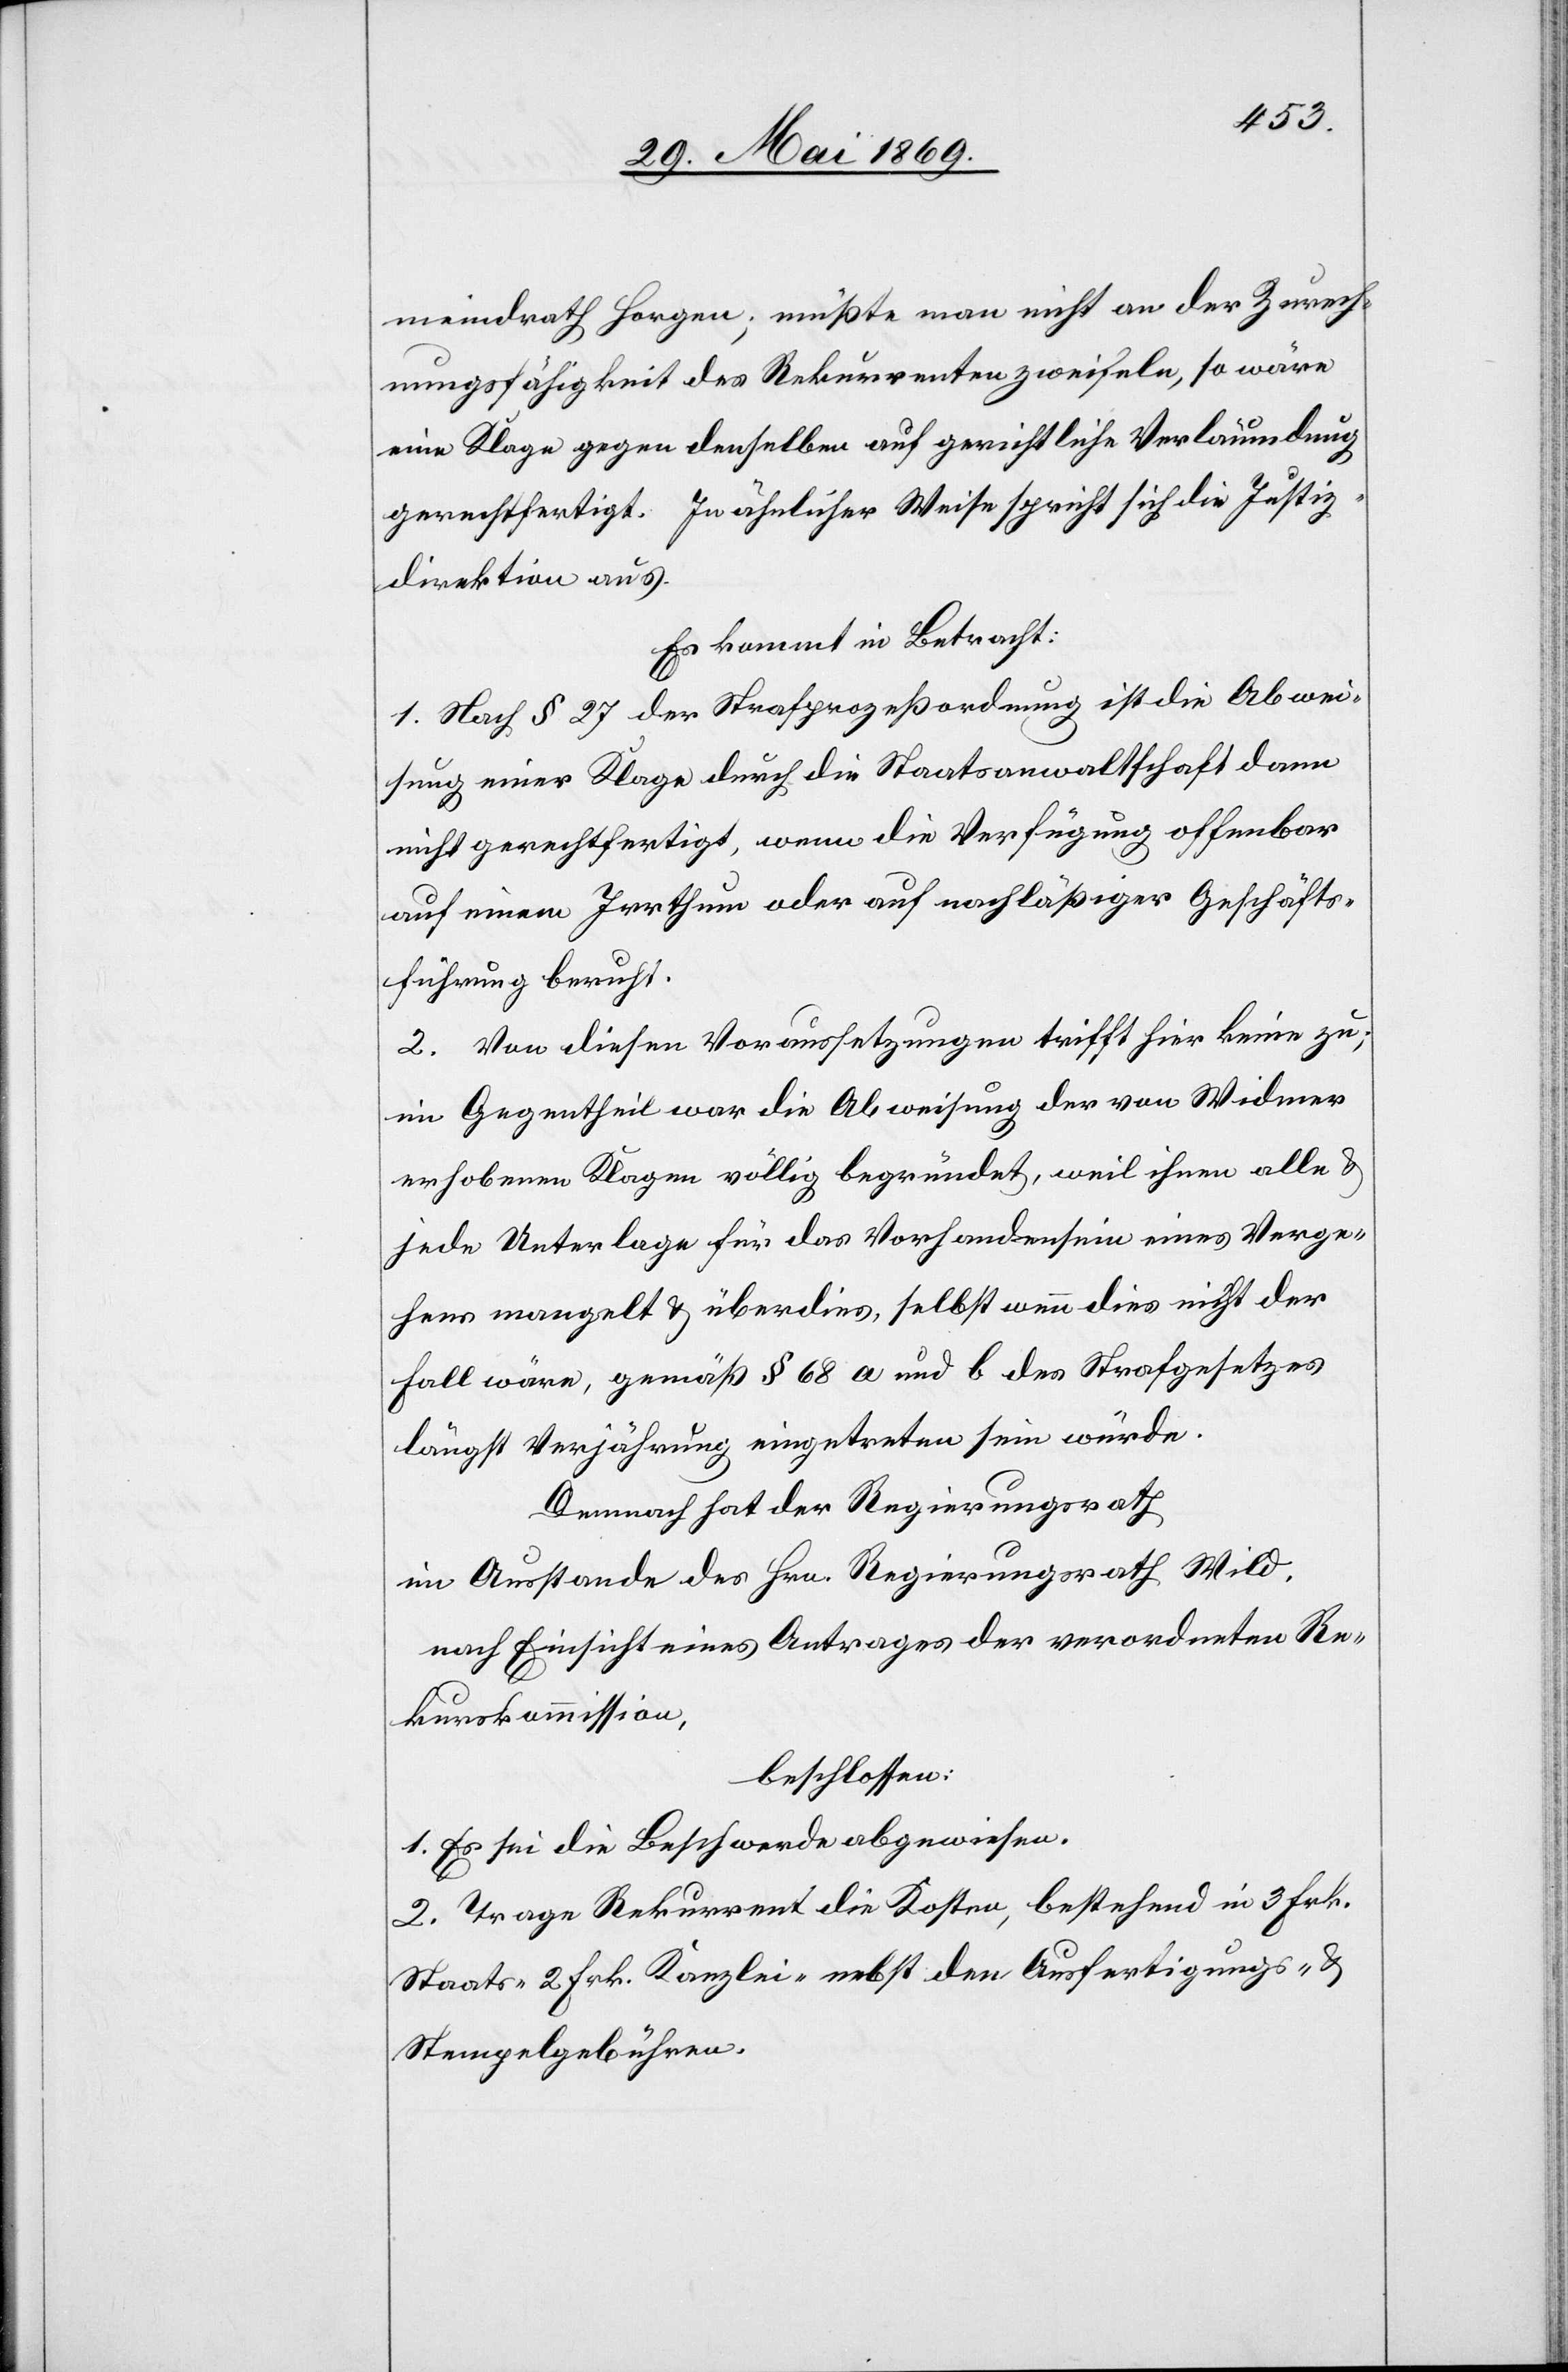
meindrath Horgen; müßte man nicht an der Zurech¬
nungsfähigkeit des Rekurrenten zweifeln, so wäre
eine Klage gegen denselben auf gerichtliche Verläumdung
gerechtfertigt. In ähnlicher Weise spricht sich die Justiz¬
direktion aus.
Es kommt in Betracht:
1. Nach § 27 des Strafprozeßordnung ist die Abwei¬
sung einer Klage durch die Staatsanwaltschaft dann
nicht gerechtfertigt, wenn die Verfügung offenbar
auf einen Irrthum oder auf nachläßiger Geschäfts¬
führung beruht.
2. Von diesen Voraussetzungen trifft hier keine zu;
im Gegentheil war die Abweisung der von Widmer
erhobenen Klagen völlig begründet, weil ihnen alle u.
jede Unterlage für das Vorhandensein eines Verge¬
hens mangelt u. überdies, selbst wenn dies nicht der
Fall wäre, gemäß § 68 a und b des Strafgesetzes
längst Verjährung eingetreten sein würde.
Demnach hat der Regierungsrath,
im Ausstande des Hrn. Regierungsrath Wild,
nach Einsicht eines Antrages der verordneten Re¬
kurskommission,
beschlossen:
1. Es sei die Beschwerde abgewiesen.
2. Trage Rekurrent die Kosten, bestehend in 3 Frk.
Staats-[,] 2 Frk. Kanzlei- nebst den Ausfertigungs- u.
Stempelgebühren.